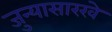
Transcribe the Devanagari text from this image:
जुन्यासारखे